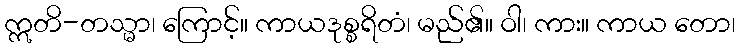
ဣတိ-တသ္မာ၊ ကြောင့်။ ကာယဒုစ္စရိတံ၊ မည်၏။ ဝါ၊ ကား။ ကာယ တော၊